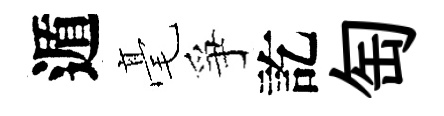
遁毫爭訖匋